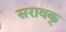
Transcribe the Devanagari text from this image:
सरावक्